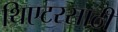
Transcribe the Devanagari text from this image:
थिएटरसाठी